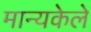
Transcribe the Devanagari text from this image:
मान्यकेले